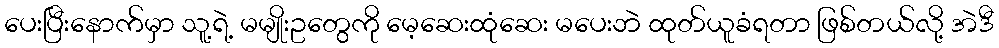
ပေးပြီးနောက်မှာ သူ့ရဲ့ မမျိုးဥတွေကို မေ့ဆေးထုံဆေး မပေးဘဲ ထုတ်ယူခံရတာ ဖြစ်တယ်လို့ အဲဒီ